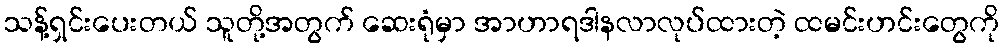
သန့်ရှင်းပေးတယ် သူတို့အတွက် ဆေးရုံမှာ အာဟာရဒါနလာလုပ်ထားတဲ့ ထမင်းဟင်းတွေကို